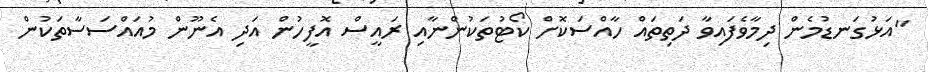
"އަޅުގަނޑުމެން ދިމާވެފައިވާ ދަތިތައް ހާއްސަކޮށް ކޯޓުތަކުންނާއި ރައީސް އޮފީހުން އަދި އެނޫން މުއައްސަސާތަކުން